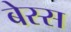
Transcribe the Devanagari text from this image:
बेस्स